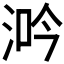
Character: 𣵴